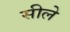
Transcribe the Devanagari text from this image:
सीले